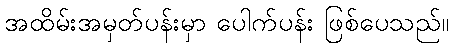
အထိမ်းအမှတ်ပန်းမှာ ပေါက်ပန်း ဖြစ်ပေသည်။